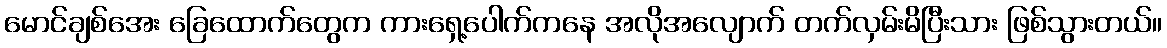
မောင်ချစ်အေး ခြေထောက်တွေက ကားရှေ့ပေါက်ကနေ အလိုအလျောက် တက်လှမ်းမိပြီးသား ဖြစ်သွားတယ်။